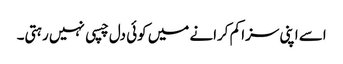
اسے اپنی سزا کم کرانے میں کوئی دل چسپی نہیں رہتی۔